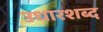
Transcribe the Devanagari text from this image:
उधारशब्द